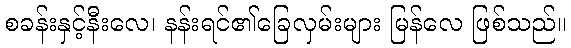
စခန်းနှင့်နီးလေ၊ နန်းရင်၏ခြေလှမ်းများ မြန်လေ ဖြစ်သည်။